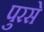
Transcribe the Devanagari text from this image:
पुरसे